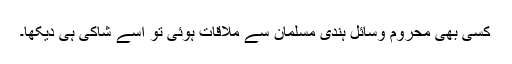
کسی بھی محروم وسائل ہندی مسلمان سے ملاقات ہوئی تو اسے شاکی ہی دیکھا۔